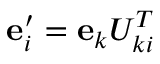
{ \bf e } _ { i } ^ { \prime } = { \bf e } _ { k } U _ { k i } ^ { T }